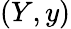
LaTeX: (Y,y)